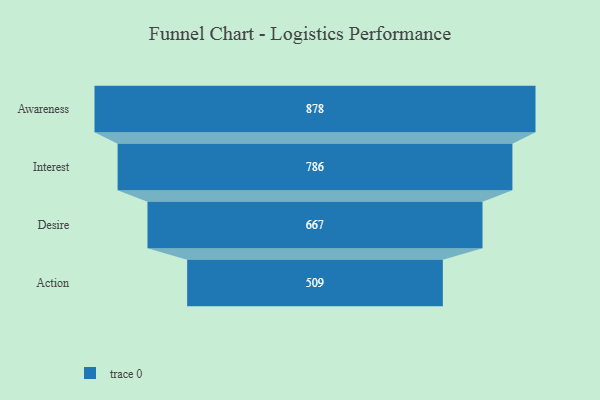
{"axis": {"x": "Stage", "y": "Value"}, "legend": [""], "data": [{"x": "Awareness", "y": 878.0, "type": ""}, {"x": "Interest", "y": 786.0, "type": ""}, {"x": "Desire", "y": 667.0, "type": ""}, {"x": "Action", "y": 509.0, "type": ""}]}